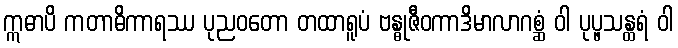
ဣဓာပိ ကတာဓိကာရဿ ပုညဝတော တထာရူပံ ဗန္ဓုဇီဝကာဒိမာလာဂစ္ဆံ ဝါ ပုပ္ဖသန္ထရံ ဝါ